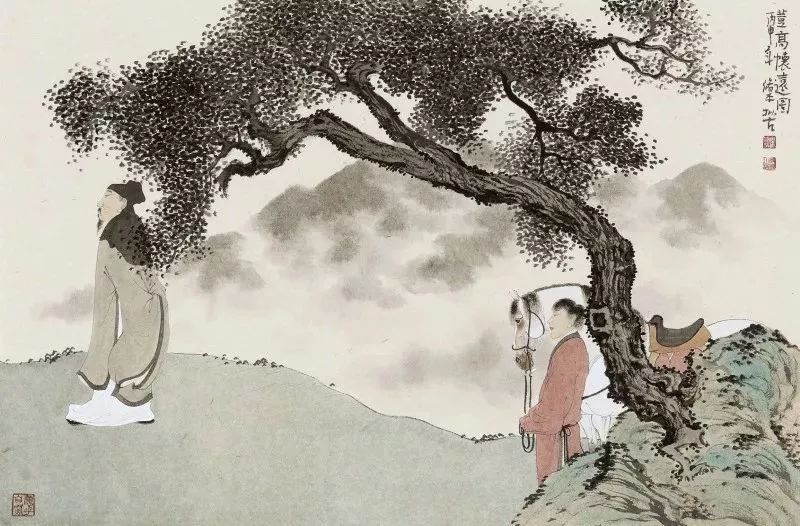
万马不嘶，一声寒角，令行柳营。